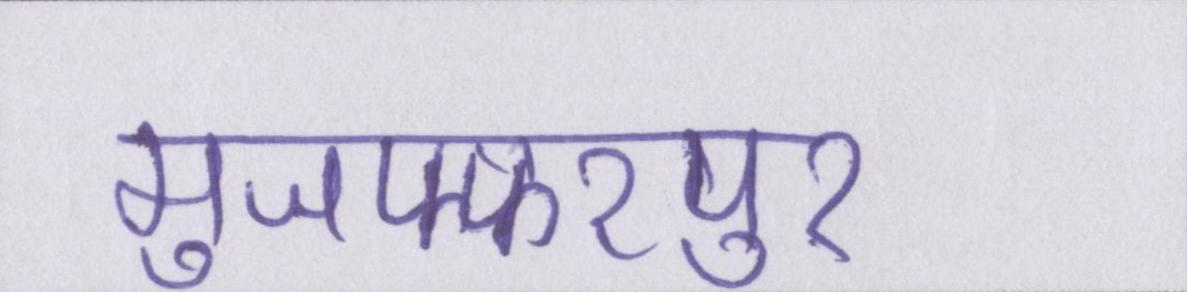
मुजफ्फरपुर